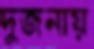
দুজনায়